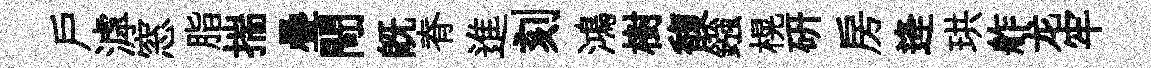
户滹窓脂揣疊閜既脊進刻鴻樹馥鏹榥硏房逄珙舴龙牢